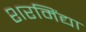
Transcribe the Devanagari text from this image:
शरमिंद्या